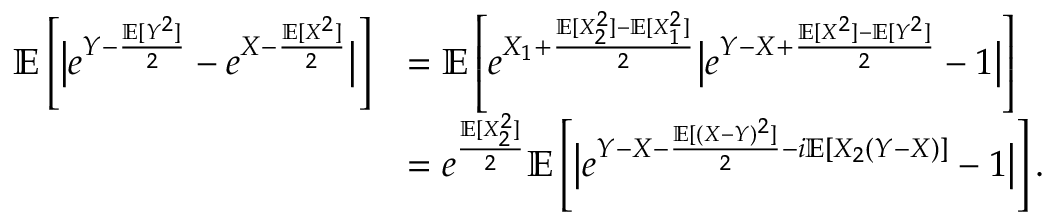
\begin{array} { r l } { { \ensuremath { \mathbb E } } \left[ \big | e ^ { Y - \frac { { \ensuremath { \mathbb E } } [ Y ^ { 2 } ] } { 2 } } - e ^ { X - \frac { { \ensuremath { \mathbb E } } [ X ^ { 2 } ] } { 2 } } \big | \right] } & { = { \ensuremath { \mathbb E } } \left[ e ^ { X _ { 1 } + \frac { { \ensuremath { \mathbb E } } [ X _ { 2 } ^ { 2 } ] - { \ensuremath { \mathbb E } } [ X _ { 1 } ^ { 2 } ] } { 2 } } \big | e ^ { Y - X + \frac { { \ensuremath { \mathbb E } } [ X ^ { 2 } ] - { \ensuremath { \mathbb E } } [ Y ^ { 2 } ] } { 2 } } - 1 \big | \right] } \\ & { = e ^ { \frac { { \ensuremath { \mathbb E } } [ X _ { 2 } ^ { 2 } ] } { 2 } } { \ensuremath { \mathbb E } } \left[ \big | e ^ { Y - X - \frac { { \ensuremath { \mathbb E } } [ ( X - Y ) ^ { 2 } ] } { 2 } - i { \ensuremath { \mathbb E } } [ X _ { 2 } ( Y - X ) ] } - 1 \big | \right] . } \end{array}